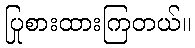
ပြုစားထားကြတယ်။